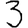
Digit: 3